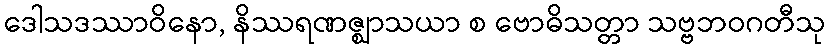
ဒေါသဒဿာဝိနော, နိဿရဏဇ္ဈာသယာ စ ဗောဓိသတ္တာ သဗ္ဗဘဝဂတီသု